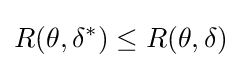
R(\theta ,\delta ^{*})\leq R(\theta ,\delta )